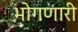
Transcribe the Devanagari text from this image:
भोगणारी